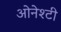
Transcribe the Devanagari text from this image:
ओनेश्टी